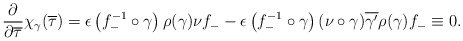
\begin{align*}\frac{\partial}{\partial\overline{\tau}}\chi_{\gamma}(\overline{\tau})=\epsilon\left(f_{-}^{-1}\circ\gamma\right)\rho(\gamma)\nu f_{-}-\epsilon \left(f_{-}^{-1}\circ\gamma\right)(\nu\circ\gamma)\overline{\gamma'}\rho(\gamma)f_{-}\equiv 0.\end{align*}